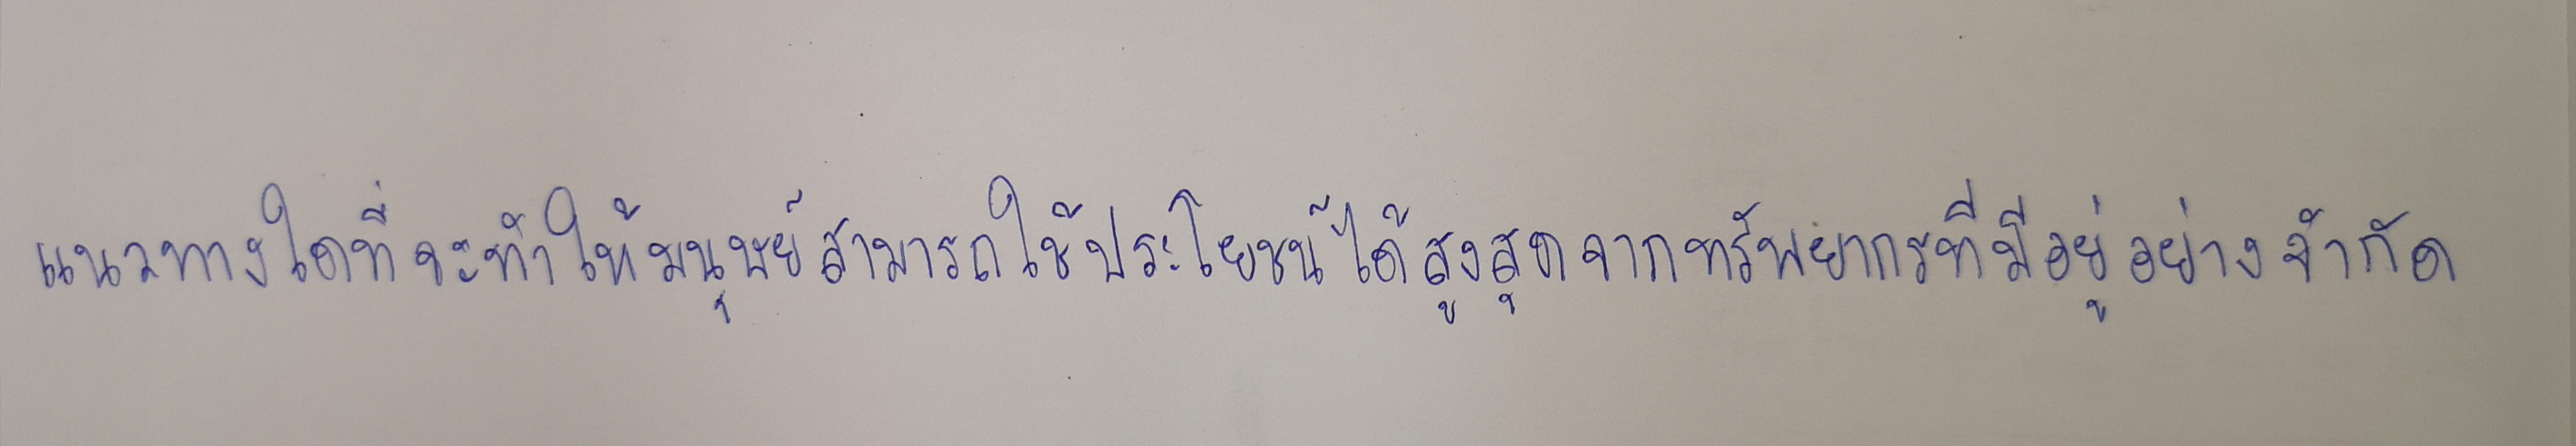
แนวทางใดที่จะทำให้มนุษย์สามารถใช้ประโยชน์ได้สูงสุดจากทรัพยากรที่มีอยู่อย่างจำกัด